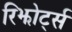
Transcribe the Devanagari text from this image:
रिझोर्ट्स